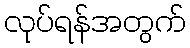
လုပ်ရန်အတွက်